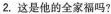
2.这是他的全家福吗?